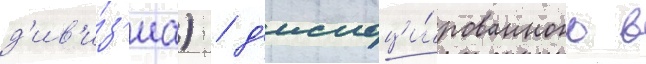
д'ив'и́з'иа) / д'ислоци́рованного в